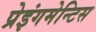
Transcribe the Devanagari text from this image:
प्रेइंगमेन्टिस